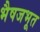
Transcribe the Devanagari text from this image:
भैषजभूत